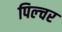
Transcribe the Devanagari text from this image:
पिल्चर